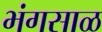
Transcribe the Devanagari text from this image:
भंगसाळ